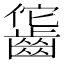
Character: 𪘕